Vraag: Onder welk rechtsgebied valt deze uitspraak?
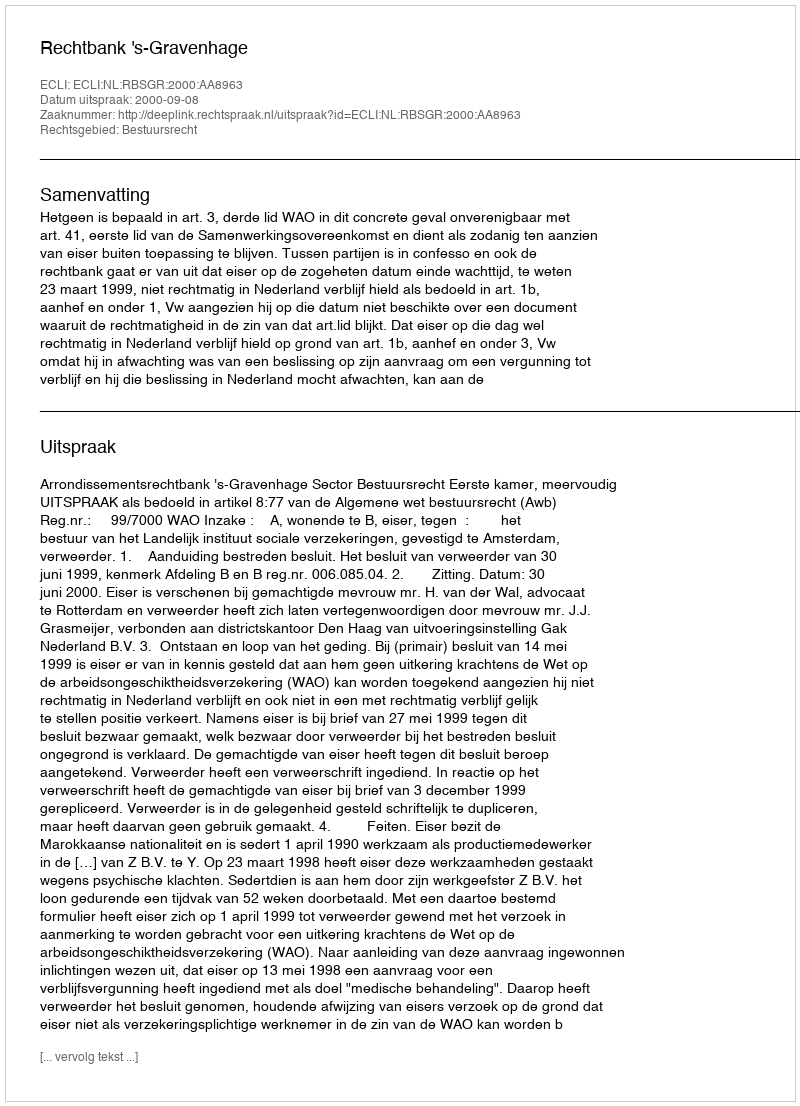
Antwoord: Bestuursrecht